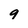
Character: 9